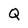
Character: Q